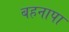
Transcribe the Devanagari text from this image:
बहनापा